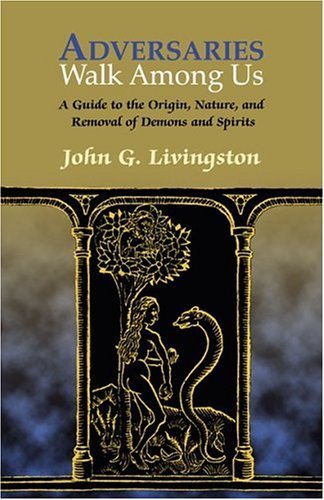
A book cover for Adversaries Walk Among Us: The History, Nature, And Removal Of Possessing Demons And Spirits; John G. Livingston; Religion & Spirituality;